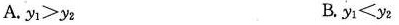
A. $$y _ { 1 } > y _ { 2 }$$ B.$$ y _ { 1 } < y _ { 2 }$$